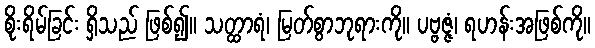
စိုးရိမ်ခြင်း ရှိသည် ဖြစ်၍။ သတ္ထာရံ၊ မြတ်စွာဘုရားကို။ ပဗ္ဗဇ္ဇံ၊ ရဟန်းအဖြစ်ကို။